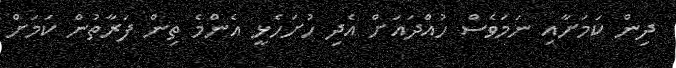
ދިން ކަމަށާއި ނަމަވެސް ހުއްދައަށް އެދި ހުށަހެޅީ އެންމެ ތިން ފަރާތުން ކަމަށް